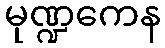
မုဏ္ဍကေန